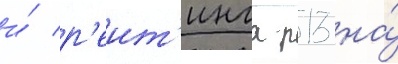
и́ р'еит'инга р13 на́